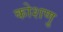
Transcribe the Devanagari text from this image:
कोशणु